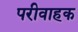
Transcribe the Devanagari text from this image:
परीवाहक